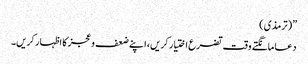
”(ترمذی)
دعا مانگتے وقت تضرع اختیار کریں، اپنے ضعف و عجز کا اظہار کریں۔